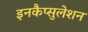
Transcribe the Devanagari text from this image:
इनकैप्सुलेशन